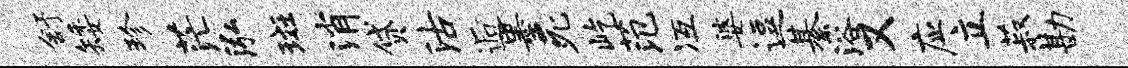
舒矮珍茫泓斑消贷沽逅墨死屹范冱婆逗綦浴又应立菽勘